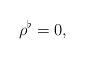
LaTeX: \begin{align*}\rho^\flat=0,\end{align*}